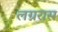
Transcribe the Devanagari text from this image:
लग्नरास